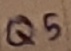
Text: Q5